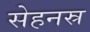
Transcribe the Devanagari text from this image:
सेहनस्र